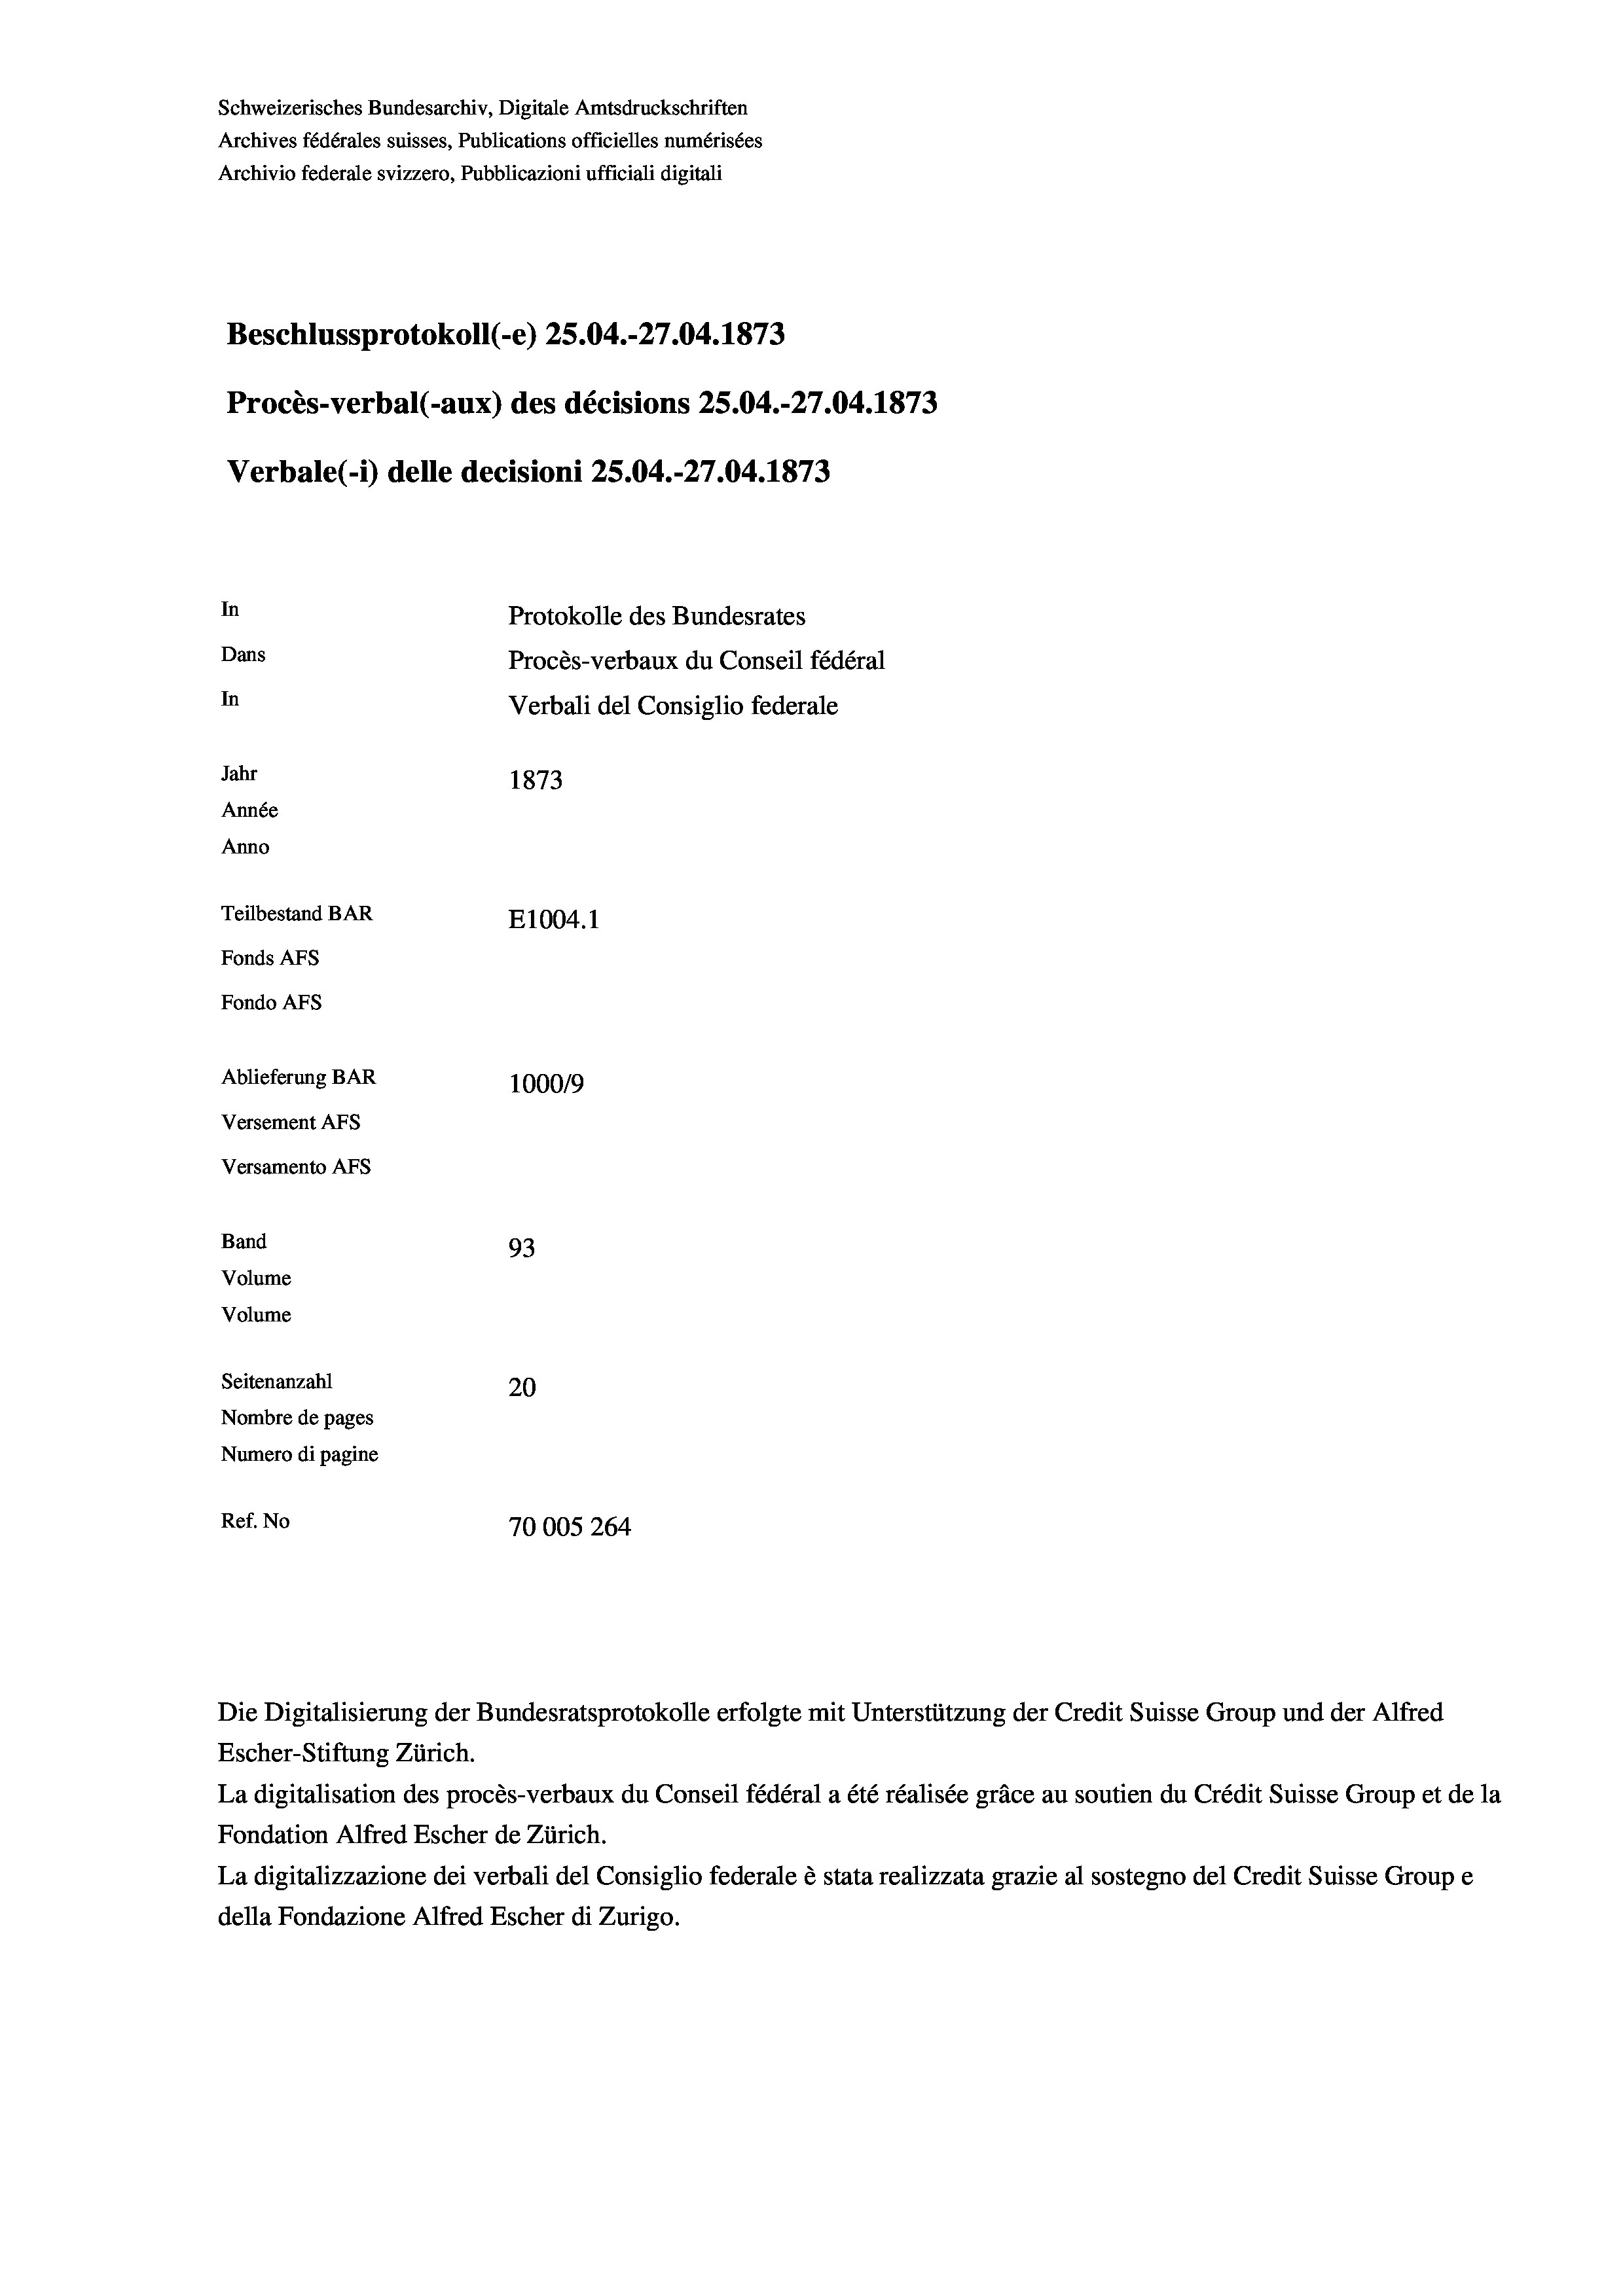
Schweizerisches Bundesarchiv, Digitale Amtsdruckschriften
Archives fédérales suisses, Publications officielles numérisées
Archivio federale svizzero, Pubblicazioni ufficiali digitali
Beschlussprotokoll (-e) 25.04.-27.04. 1873
Procès-verbal (-aux) des décisions 25.04.-27.04. 1873
Verbale (i) delle decisioni 25.04.-27.04. 1873
In
Protokolle des Bundesrates
Dans
Procès-verbaux du Conseil fédéral
In
Verbali del Consiglio federale
Jahr
1873
Année
Anno
Teilbestand BAR
E1004.1
Fonds AFs
Fondo AFS
Ablieferung BAR
100019
Versement AFs
Versamento AFs
Band
93
Volume
Volume
Seitenanzahl
20
Nombre de pages
Numero di pagine
Ref. No
70005 264

Die Digitalisierung der Bundesratsprotokolle erfolgte mit Unterstützung der Credit Suisse Group und der Alfred

Escher-Stiftung Zürich.
La digitalisation des procès-verbaux du Conseil fédéral a été réalisée gräce au soutien du Crédit Suisse Group et de la
Fondation Alfred Escher de Zürich.
La digitalizzazione dei verbali del Consiglio federale è stata realizzata grazie al sostegno del Credit Suisse Groupe
della Fondazione Alfred Escher di Zurigo.